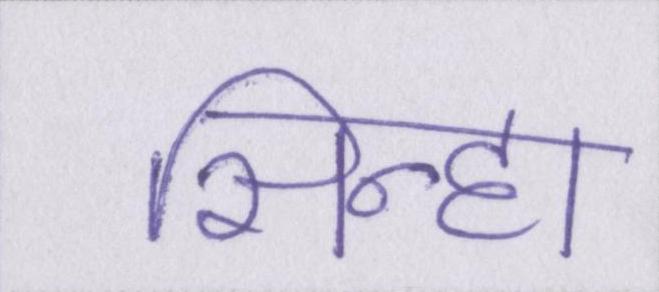
सिन्हा